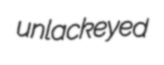
unlackeyed